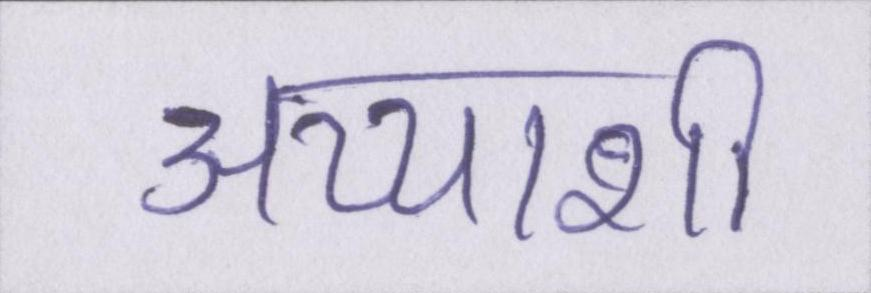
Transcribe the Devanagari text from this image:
अय्याशी